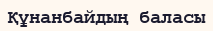
Құнанбайдың баласы